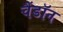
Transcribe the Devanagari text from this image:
चैंडॉन